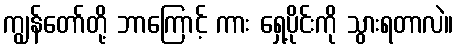
ကျွန်တော်တို့ ဘာကြောင့် ကား ရှေ့ပိုင်းကို သွားရတာလဲ။